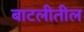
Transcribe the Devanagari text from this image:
बाटलीतील